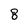
Character: 8